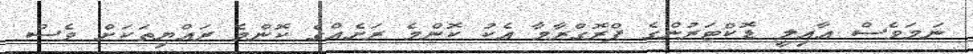
ނަމަވެސް އާއިލީ ޑޮކްޓަރުންގެ ޕްރޮގްރާމާ އެކު ކޮންމެ ރަށެއްގެ ކޮންމެ ރައްޔިތަކަށް ވެސް